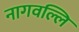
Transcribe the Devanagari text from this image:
नागवल्लि